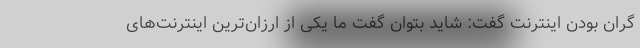
گران بودن اینترنت گفت: شاید بتوان گفت ما یکی از ارزان‌ترین اینترنت‌های